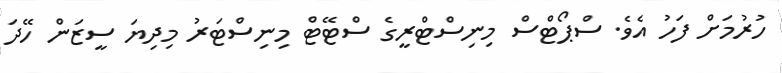
ހުރުމަށް ފަހު އެވެ. ސްޕޯޓްސް މިނިސްޓްރީގެ ސްޓޭޓް މިނިސްޓަރު މިދިޔަ ސީޒަން ހޭދަ